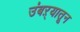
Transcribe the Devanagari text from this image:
उंबऱ्यातून